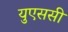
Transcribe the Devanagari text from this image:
युएससी